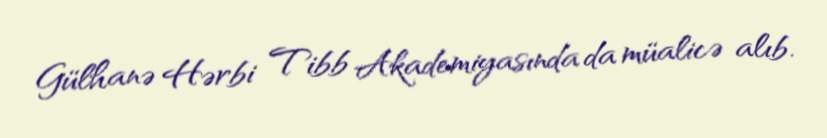
Gülhanə Hərbi Tibb Akademiyasında da müalicə alıb.